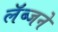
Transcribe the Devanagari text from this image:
लॅब्जने